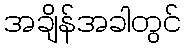
အချိန်အခါတွင်